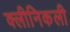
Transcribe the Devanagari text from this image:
क्लीनिकली